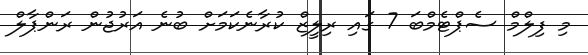
މި ފިލްމް ސެޕްޓެމްބަ 7 ގައި ރިލީޒް ކުރާނެކަމަށް ބުނެ އަރުޖުން ރަންޕާލް